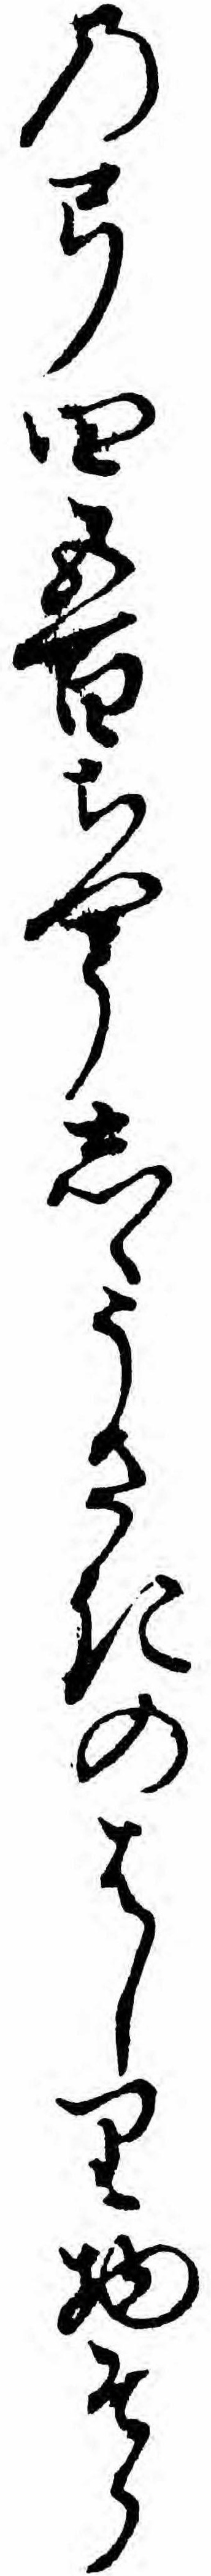
の弓四五百ちやうしゝうさきのはしり物そら